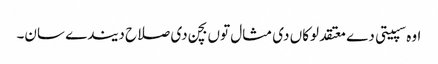
اوہ سپیتی دے معتقد لوکاں دی مثال توں بچن دی صلاح دیندے سان۔